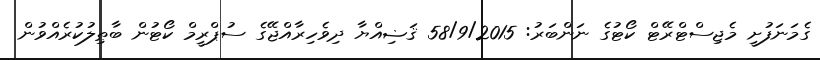
ގެމަނަފުށީ މެޖިސްޓްރޭޓް ކޯޓުގެ ނަންބަރު: 58/9/2015 ޤަޟިއްޔާ ދިވެހިރާއްޖޭގެ ސުޕްރީމް ކޯޓުން ބާޠިލުކުރެއްވުން